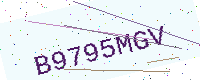
Text: B9795MGV